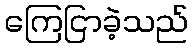
ကြေငြာခဲ့သည်